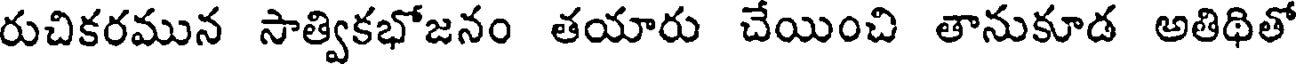
రుచికరమున సాత్వికభోజనం తయారు చేయించి తానుకూడ అతిథితో